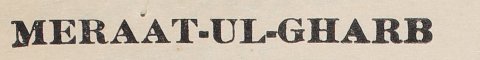
MERAAT-UL-GHARB